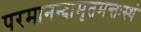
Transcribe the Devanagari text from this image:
परमानन्दामृतमन्तःस्थं